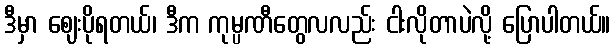
ဒီမှာ ဈေးပိုရတယ်၊ ဒီက ကုမ္ပဏီတွေလလည်း ငါးလိုတာပဲလို့ ပြောပါတယ်။